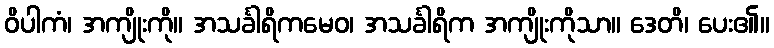
ဝိပါကံ၊ အကျိုးကို။ အသင်္ခါရိကမေဝ၊ အသင်္ခါရိက အကျိုးကိုသာ။ ဒေတိ၊ ပေး၏။